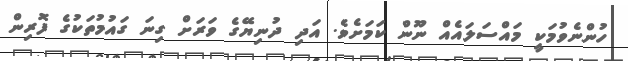
ހުންނެވުމަކީ މައްސަލައެއް ނޫން ކަމަށެވެ. އަދި ދުނިޔޭގެ ވަރަށް ގިނަ ގައުމުތަކުގެ ފޮރިން